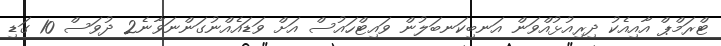
ޓްރަމްޕް އާއިއެކު ދިރިއުޅުއްވަން އަނބިކަނބަލުން ވައިޓްހައުސް އަށް ވަޑައެއްނުގަންނަވާނެ2 ދުވަސް 10 ގަޑި